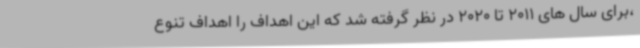
،برای سال های 2011 تا 2020 در نظر گرفته شد که این اهداف را اهداف تنوع